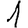
Digit: 1